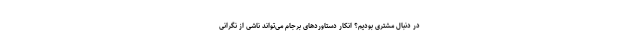
در دنبال مشتری بودیم؟ انکار دستاوردهای برجام می‌تواند ناشی از نگرانی